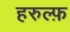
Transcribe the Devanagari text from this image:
हरुल्फ़